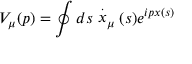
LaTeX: V _ { \mu } ( p ) = \oint d s \stackrel { . } { x } _ { \mu } ( s ) e ^ { i p x ( s ) }